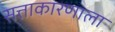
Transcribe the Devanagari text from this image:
सत्ताकारणाला